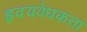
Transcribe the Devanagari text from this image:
हृदयवेधकता